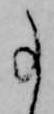
事